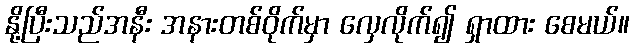
နို့ပြီးသည်အနီး အနားတစ်ဝိုက်မှာ လှေလိုက်၍ ရှာထား စေမယ်။